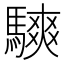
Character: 騻